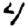
Digit: 4